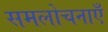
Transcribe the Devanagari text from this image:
समलोचनाएँ